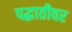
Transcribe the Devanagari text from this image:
पद्धातीवर